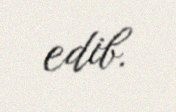
edib.